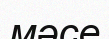
мәсе